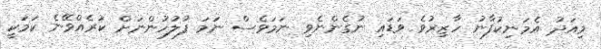
މިއަދު އެމަނިކުފާނު ހާޒިރުވެ ވަޑައި ނުގެންނެވި ނަމަވެސް ނަމަ ފުލުހުންނަށް ކުރެއްވޭނެ ކަމަކީ